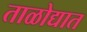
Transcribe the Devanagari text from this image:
ताळोद्यात